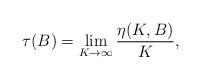
LaTeX: \begin{align*}\tau(B) = \lim_{K\rightarrow \infty} \frac{\eta(K,B)}{K},\end{align*}